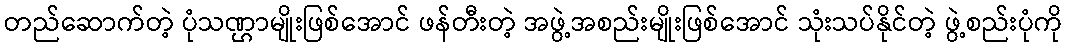
တည်ဆောက်တဲ့ ပုံသဏ္ဌာမျိုးဖြစ်အောင် ဖန်တီးတဲ့ အဖွဲ့အစည်းမျိုးဖြစ်အောင် သုံးသပ်နိုင်တဲ့ ဖွဲ့စည်းပုံကို